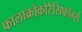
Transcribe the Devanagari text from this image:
फालाक्रोकोरैसिफॉर्म्स